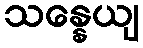
သန္နေယျ